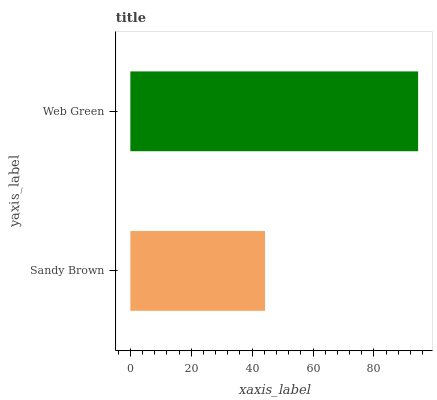
| yaxis_label | bars |
 | --- | --- |
 | Sandy Brown | 44.2 |
 | Web Green | 94.5 |